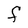
Character: F